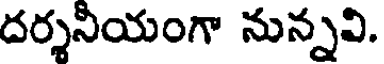
దర్శనీయంగా నున్నవి.